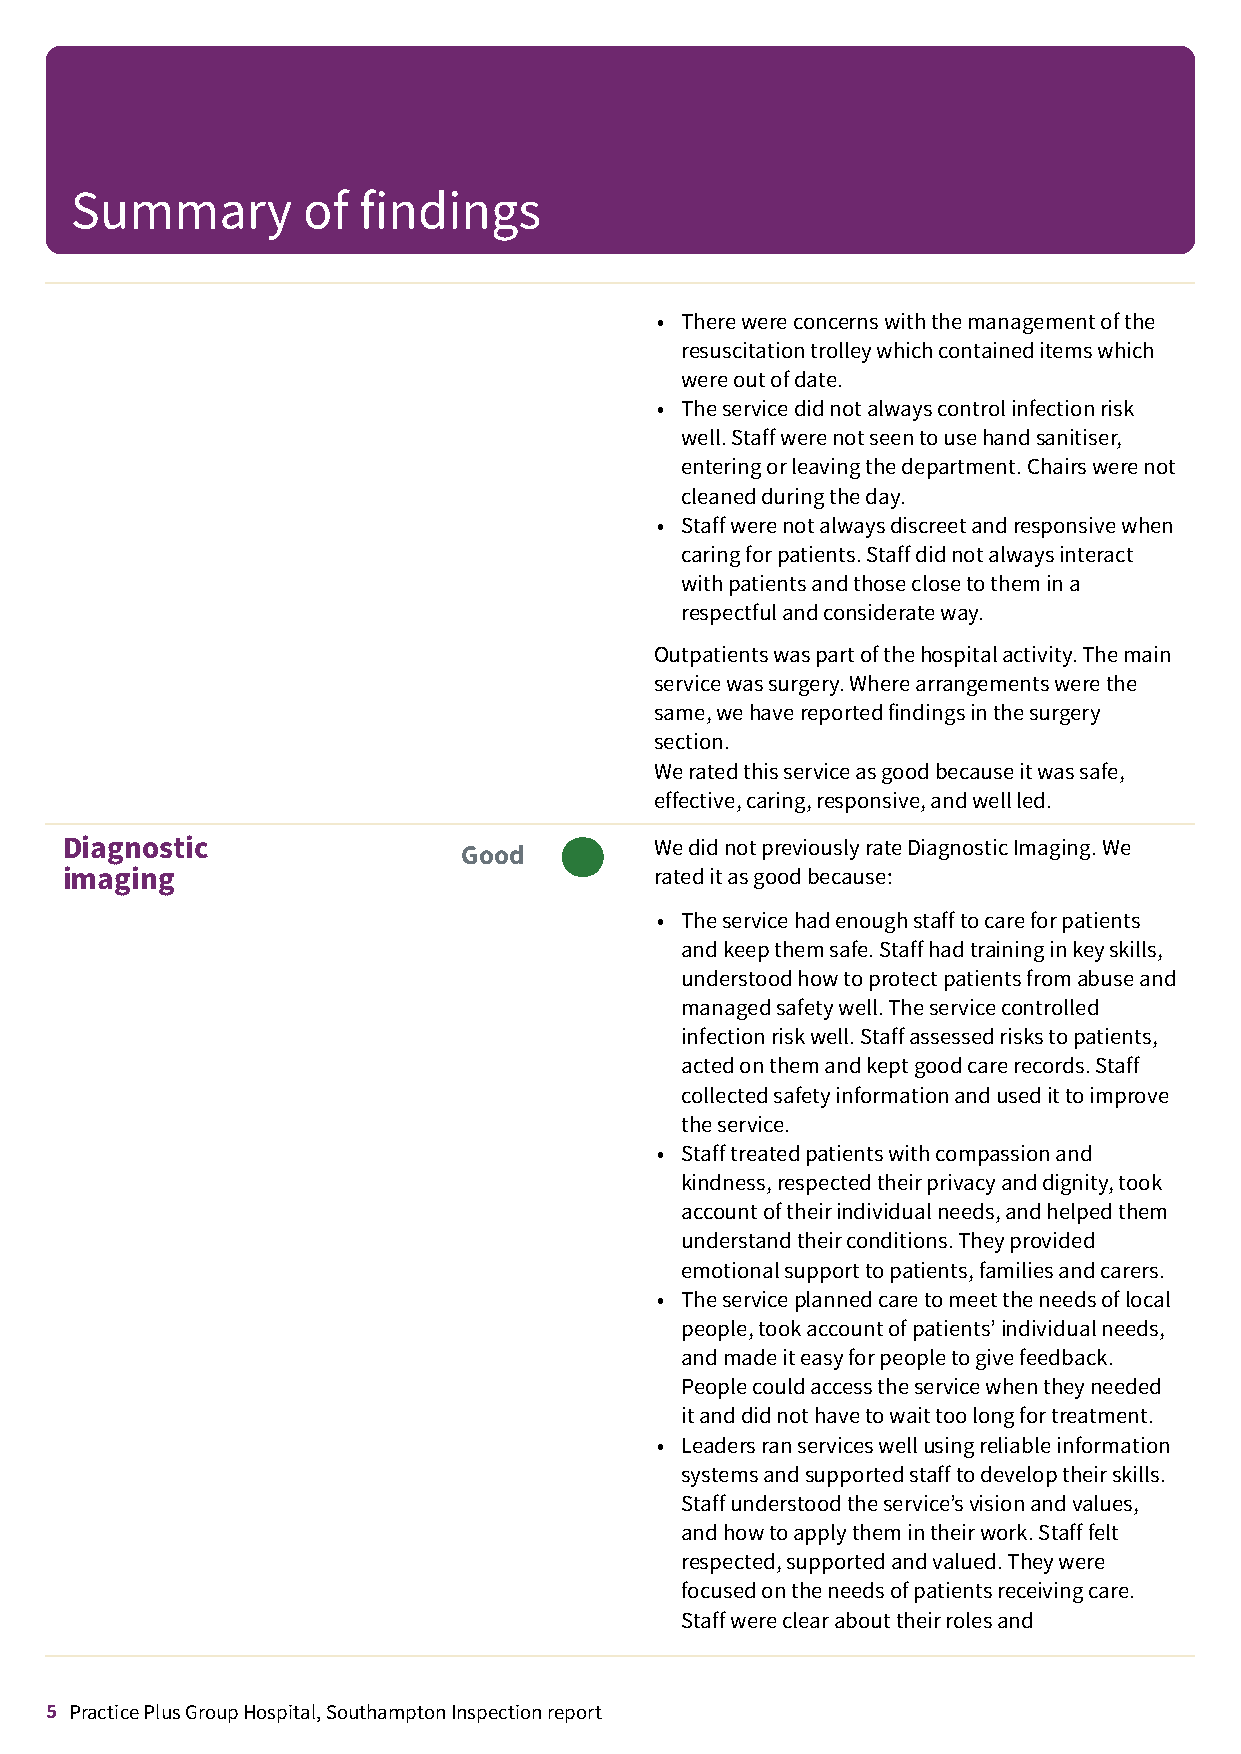
Summary        of  findings
 • Therewereconcernswiththemanagementofthe
 resuscitationtrolleywhichcontaineditemswhich
 wereoutofdate.
 • Theservicedidnotalwayscontrolinfectionrisk
 well.Staffwerenotseentousehandsanitiser,
 enteringorleavingthedepartment.Chairswerenot
 cleanedduringtheday.
 • Staffwerenotalwaysdiscreetandresponsivewhen
 caringforpatients.Staffdidnotalwaysinteract
 withpatientsandthoseclosetothemina
 respectfulandconsiderateway.
 Outpatientswaspartofthehospitalactivity.Themain
 servicewassurgery.Wherearrangementswerethe
 same,wehavereportedfindingsinthesurgery
 section.
 Weratedthisserviceasgoodbecauseitwassafe,
 effective,caring,responsive,andwellled.
 Diagnostic                             WedidnotpreviouslyrateDiagnosticImaging.We
 Good  –––
 imaging                                rateditasgoodbecause:
 • Theservicehadenoughstafftocareforpatients
 andkeepthemsafe.Staffhadtraininginkeyskills,
 understoodhowtoprotectpatientsfromabuseand
 managedsafetywell.Theservicecontrolled
 infectionriskwell.Staffassessedriskstopatients,
 actedonthemandkeptgoodcarerecords.Staff
 collectedsafetyinformationandusedittoimprove
 theservice.
 • Stafftreatedpatientswithcompassionand
 kindness,respectedtheirprivacyanddignity,took
 accountoftheirindividualneeds,andhelpedthem
 understandtheirconditions.Theyprovided
 emotionalsupporttopatients,familiesandcarers.
 • Theserviceplannedcaretomeettheneedsoflocal
 people,tookaccountofpatients’individualneeds,
 andmadeiteasyforpeopletogivefeedback.
 Peoplecouldaccesstheservicewhentheyneeded
 itanddidnothavetowaittoolongfortreatment.
 • Leadersranserviceswellusingreliableinformation
 systemsandsupportedstafftodeveloptheirskills.
 Staffunderstoodtheservice’svisionandvalues,
 andhowtoapplythemintheirwork.Stafffelt
 respected,supportedandvalued.Theywere
 focusedontheneedsofpatientsreceivingcare.
 Staffwereclearabouttheirrolesand
 5 Practice Plus Group Hospital, Southampton Inspection report